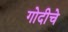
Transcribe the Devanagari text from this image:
गोदीचे